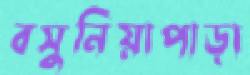
বসুনিয়াপাড়া